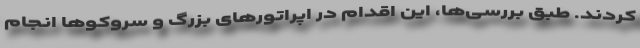
کردند. طبق بررسی‌ها، این اقدام در اپراتورهای بزرگ و سروکوها انجام